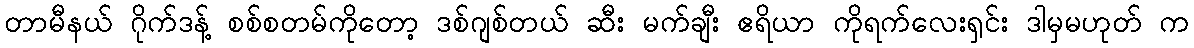
တာမီနယ် ဂိုက်ဒန့် စစ်စတမ်ကိုတော့ ဒစ်ဂျစ်တယ် ဆီး မက်ချီး ဧရိယာ ကိုရက်လေးရှင်း ဒါမှမဟုတ် က